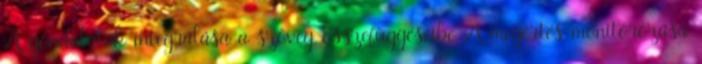
A gondolatok integrálása a szöveg összefüggéseibe A megértés monitorozása